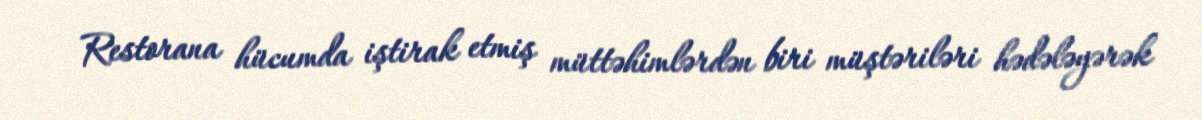
Restorana hücumda iştirak etmiş müttəhimlərdən biri müştəriləri hədələyərək